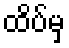
ထိပ်မှ